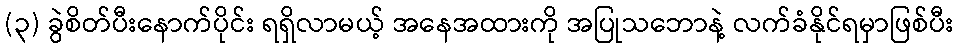
(၃) ခွဲစိတ်ပီးနောက်ပိုင်း ရရှိလာမယ့် အနေအထားကို အပြုသဘောနဲ့ လက်ခံနိုင်ရမှာဖြစ်ပီး